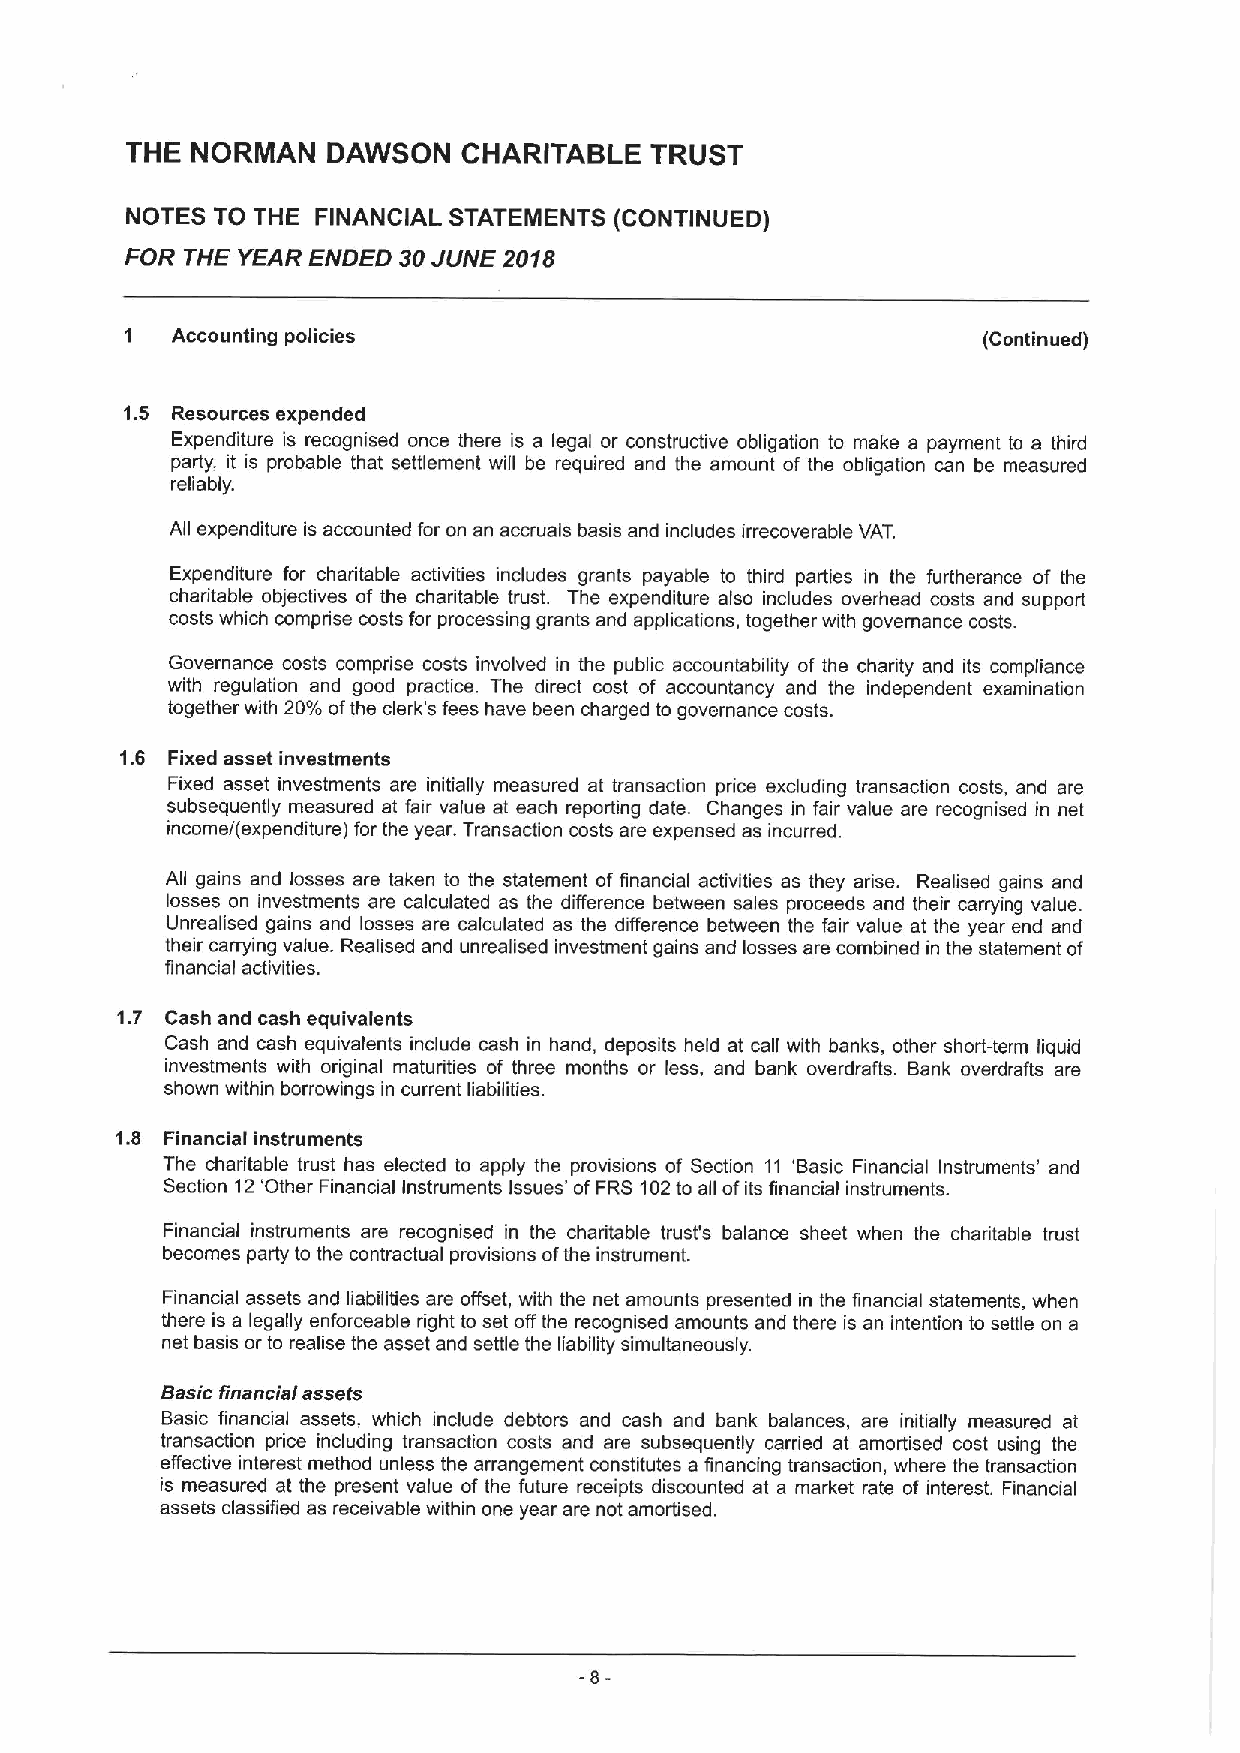
THE  NORMAN   DAWSON   CHARITABLE  TRUST
 NOTES TO THE FINANCIAL STATEMENTS (CONTINUED)
 FOR THE YEAR ENDED 30JUNE 2018
 Accounting policies                                   (Continued)
 1.5 Resources expended
 Expenditure is recognised once there is a legal or constructive obligation to make a payment to a third
 party, it is probable that settlement will be required and the amount of the obligation can be measured
 reliably.
 Afi expenditure is accounted for on an accruals basis and includes irrecoverable VAT.
 Expenditure for charitable activities includes grants payable to third parties in the furtherance of the
 charitable objectives of the charitable trust. The expenditure also includes overhead costs and support
 costs which comprise costs for processing grants and applications, together with governance costs.
 Governance costs comprise costs involved in the public accountability of the charity and its compliance
 with regulation and good practice. The direct cost of accountancy and the independent examination
 together with 20%ofthe clerk's fees have been charged to governance costs.
 1.6 Fixed asset investments
 Fixed asset investments are initially measured at transaction price excluding transaction costs, and are
 subsequently measured at fair value at each reporting date. Changes in fair value are recognised in net
 income/(expenditure) for the year. Transaction costs are expensed as incurred.
 Afi gains and losses are taken to the statement of financial activities as they arise. Realised gains and
 losses on investments are calculated as the difference between sales proceeds and their carrying value.
 Unrealised gains and losses are calculated as the difference between the fair value at the year end and
 their carrying value. Realised and unrealised investment gains and losses are combined in the statement of
 financial activities.
 1.7 Cash and cash equivalents
 Cash and cash equivalents include cash in hand, deposits held at call with banks, other short-term liquid
 investments with original maturities of three months or less, and bank overdrafts. Bank overdrafts are
 shown within borrowings in current liabilities.
 1.8 Financial instruments
 The charitable trust has elected to apply the provisions of Section 11 'Basic Financial Instruments' and
 Section 12'Other Financial Instruments Issues' of FRS 102to afi ofits financial instruments.
 Financial instruments are recognised in the charitable trust's balance sheet when the charitable trust
 becomes party to the contractual provisions ofthe instrument.
 Financial assets and liabilities are offset, with the net amounts presented in the financial statements, when
 there is a legally enforceable right to set offthe recognised amounts and there is an intention to settle on a
 net basis or to realise the asset and settle the liability simultaneously.
 Basic financial assets
 Basic financial assets, which include debtors and cash and bank balances, are initially measured at
 transaction price including transaction costs and are subsequently carried at amortised cost using the
 effective interest method unless the arrangement constitutes a financing transaction, where the transaction
 is measured at the present value of the future receipts discounted at a market rate of interest. Financial
 assets classified as receivable within one year are not amortised.